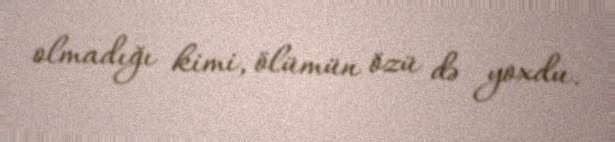
olmadığı kimi, ölümün özü də yoxdu.